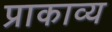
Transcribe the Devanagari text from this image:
प्राकाव्य